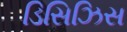
ડિસિઝિસ